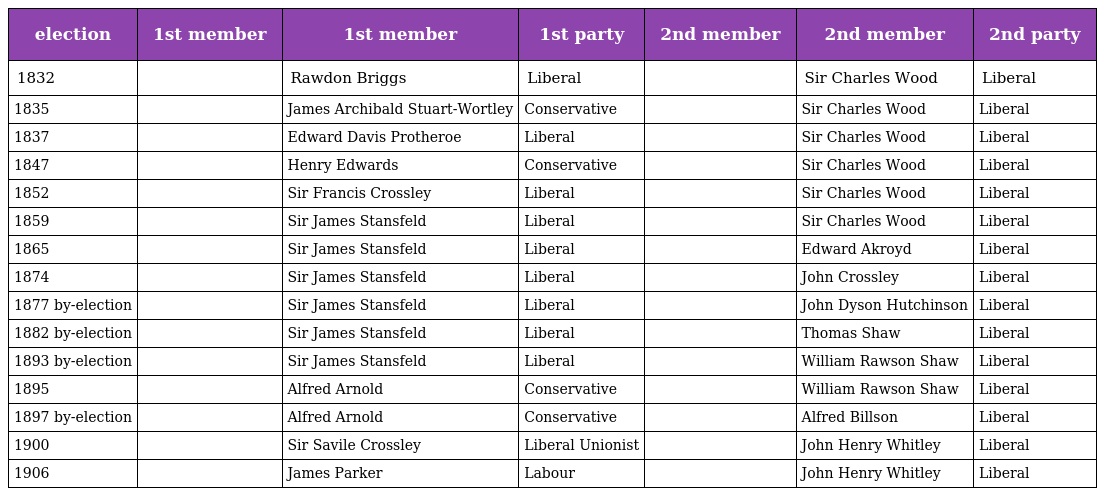
| election | 1st member | 1st member | 1st party | 2nd member | 2nd member | 2nd party |
 | --- | --- | --- | --- | --- | --- | --- |
 | 1832 |  | Rawdon Briggs | Liberal |  | Sir Charles Wood | Liberal |
 | 1835 |  | James Archibald Stuart-Wortley | Conservative |  | Sir Charles Wood | Liberal |
 | 1837 |  | Edward Davis Protheroe | Liberal |  | Sir Charles Wood | Liberal |
 | 1847 |  | Henry Edwards | Conservative |  | Sir Charles Wood | Liberal |
 | 1852 |  | Sir Francis Crossley | Liberal |  | Sir Charles Wood | Liberal |
 | 1859 |  | Sir James Stansfeld | Liberal |  | Sir Charles Wood | Liberal |
 | 1865 |  | Sir James Stansfeld | Liberal |  | Edward Akroyd | Liberal |
 | 1874 |  | Sir James Stansfeld | Liberal |  | John Crossley | Liberal |
 | 1877 by-election |  | Sir James Stansfeld | Liberal |  | John Dyson Hutchinson | Liberal |
 | 1882 by-election |  | Sir James Stansfeld | Liberal |  | Thomas Shaw | Liberal |
 | 1893 by-election |  | Sir James Stansfeld | Liberal |  | William Rawson Shaw | Liberal |
 | 1895 |  | Alfred Arnold | Conservative |  | William Rawson Shaw | Liberal |
 | 1897 by-election |  | Alfred Arnold | Conservative |  | Alfred Billson | Liberal |
 | 1900 |  | Sir Savile Crossley | Liberal Unionist |  | John Henry Whitley | Liberal |
 | 1906 |  | James Parker | Labour |  | John Henry Whitley | Liberal |